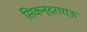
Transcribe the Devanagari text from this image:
सिकन्दराराऊ